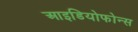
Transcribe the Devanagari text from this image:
आइडियोफोन्स